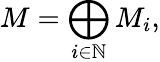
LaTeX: M=\bigoplus_{i\in\mathbb{N}}M_{i},